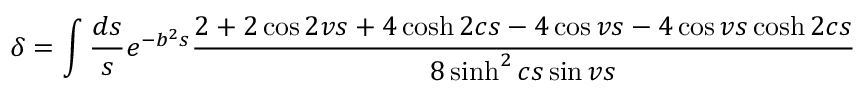
\delta = \int \frac { d s } { s } e ^ { - b ^ { 2 } s } \frac { 2 + 2 \cos 2 v s + 4 \cosh 2 c s - 4 \cos v s - 4 \cos v s \cosh 2 c s } { 8 \sinh ^ { 2 } c s \sin v s }